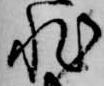
非